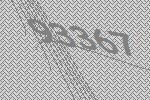
93367